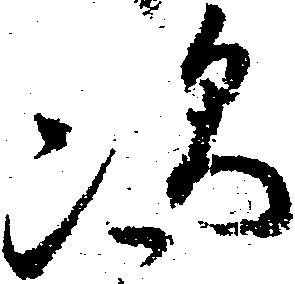
次